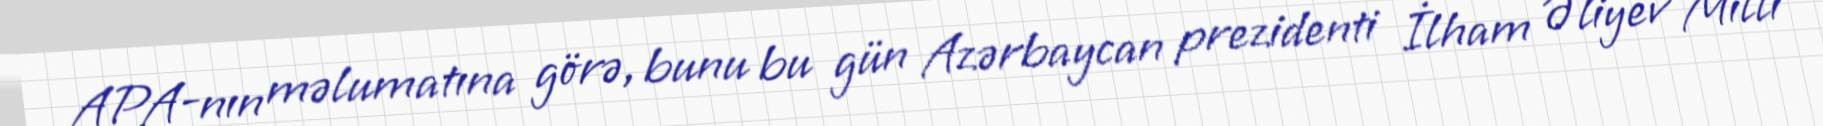
APA-nın məlumatına görə, bunu bu gün Azərbaycan prezidenti İlham Əliyev Milli